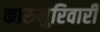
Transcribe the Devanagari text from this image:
कारुमुरिवारी